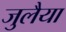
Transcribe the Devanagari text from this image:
जुलैया